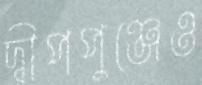
দ্বীপপুঞ্জেও